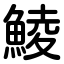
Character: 鯪